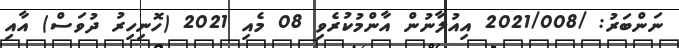
ނަންބަރު: /2021/008 އިއުލާނުން އާންމުކުރެވި 08 މެއި 2021 (ހޮނިހިރު ދުވަސް) އާއި